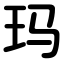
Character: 玛